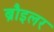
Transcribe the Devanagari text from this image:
ब्रौइलर